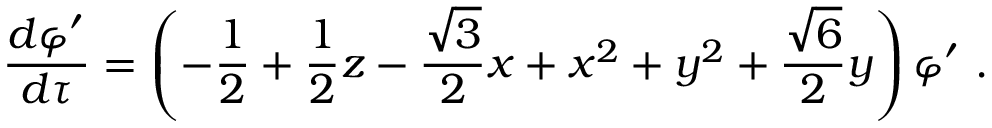
\frac { d \varphi ^ { \prime } } { d \tau } = \left( - \frac 1 2 + \frac 1 2 z - \frac { \sqrt { 3 } } { 2 } x + x ^ { 2 } + y ^ { 2 } + \frac { \sqrt 6 } { 2 } y \right) \varphi ^ { \prime } \ .